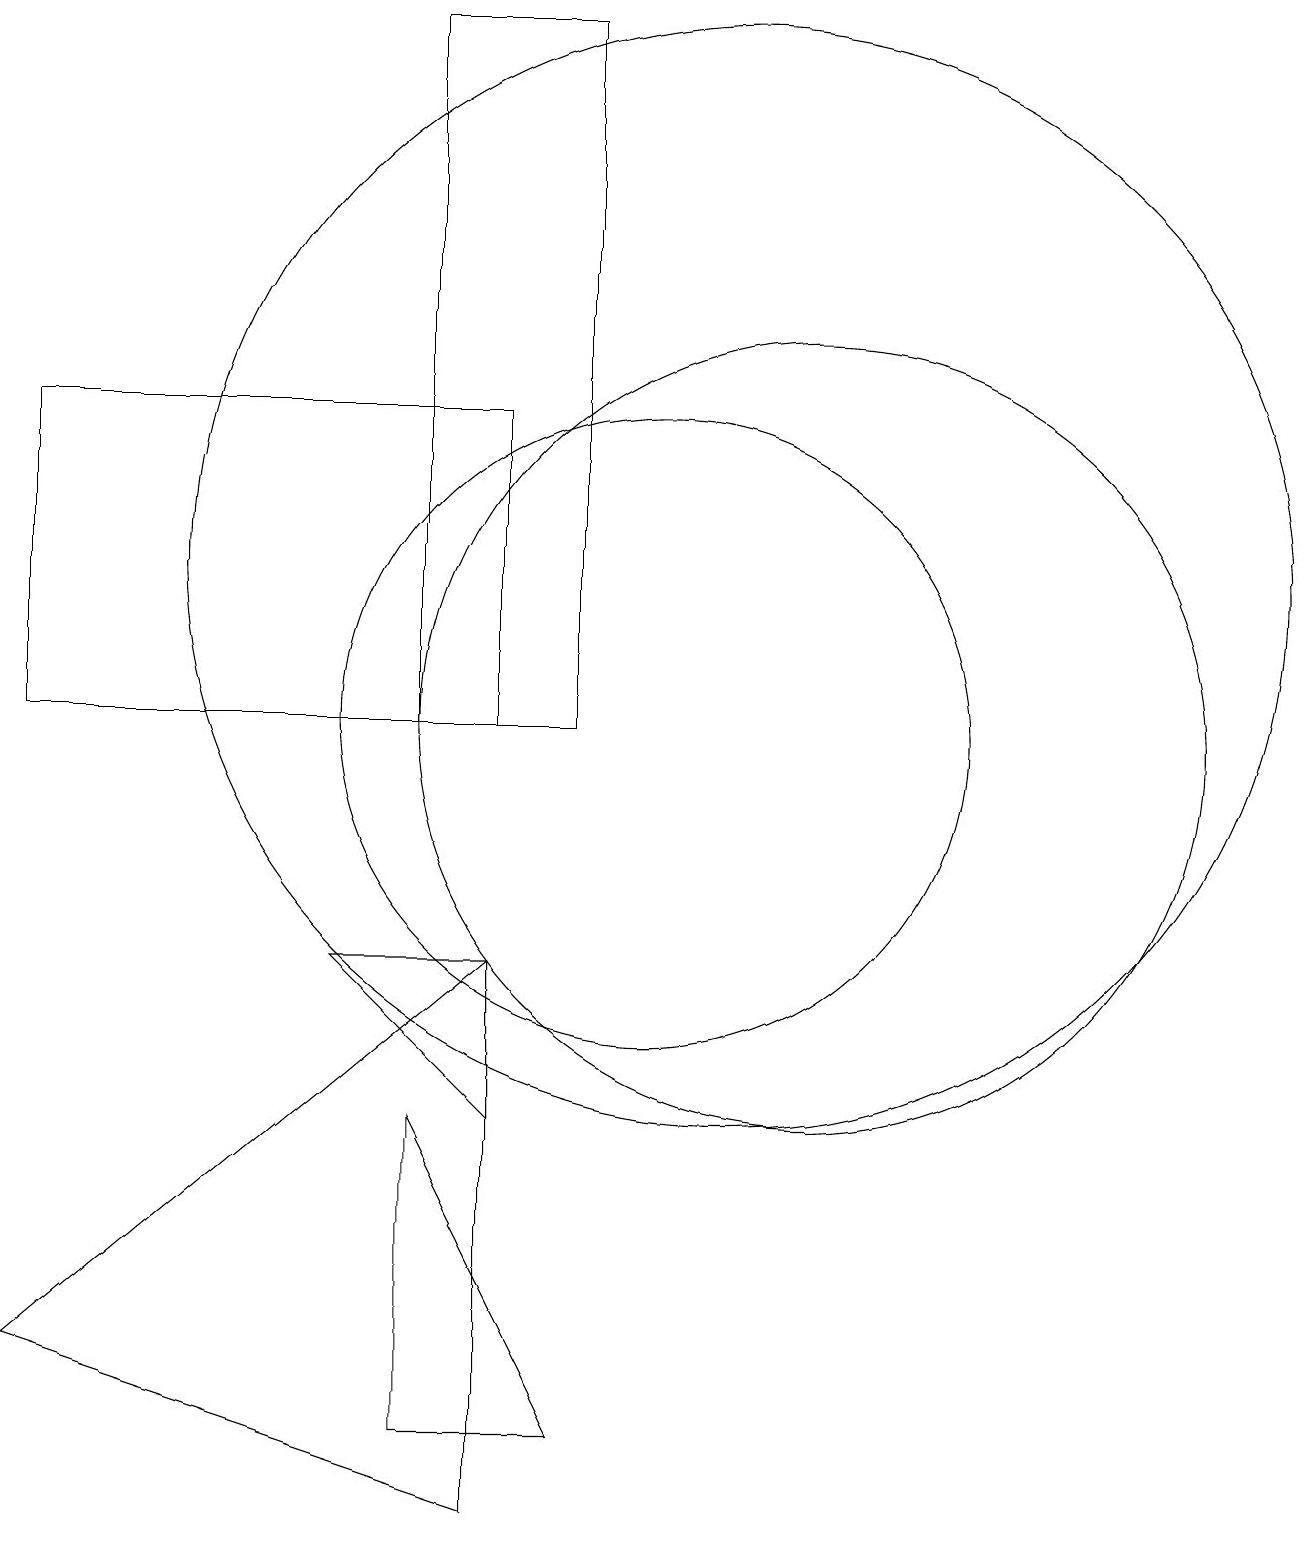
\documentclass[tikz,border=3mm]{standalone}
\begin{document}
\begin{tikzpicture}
\draw (12,10) circle (5);
\draw (8,10) rectangle (2,14);
\draw (8,7) -- (6,7) -- (8,5) -- cycle;
\draw (9,10) rectangle (7,19);
\draw (8,0) -- (2,2) -- (8,7) -- cycle;
\draw (10,10) circle (4);
\draw (11,12) circle (7);
\draw (7,5) -- (7,1) -- (9,1) -- cycle;
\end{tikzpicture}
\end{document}